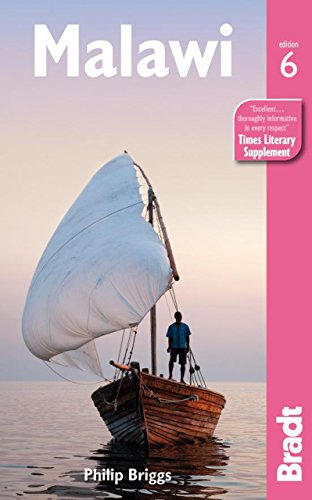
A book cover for Malawi (Bradt Travel Guide); Philip Briggs; Travel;